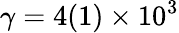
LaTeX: \gamma=4(1)\times 10^{3}